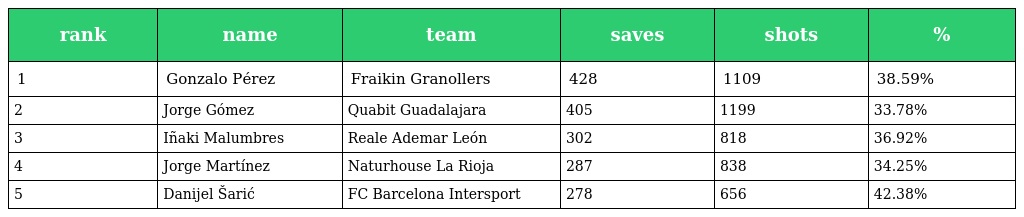
| rank | name | team | saves | shots | % |
 | --- | --- | --- | --- | --- | --- |
 | 1 | Gonzalo Pérez | Fraikin Granollers | 428 | 1109 | 38.59% |
 | 2 | Jorge Gómez | Quabit Guadalajara | 405 | 1199 | 33.78% |
 | 3 | Iñaki Malumbres | Reale Ademar León | 302 | 818 | 36.92% |
 | 4 | Jorge Martínez | Naturhouse La Rioja | 287 | 838 | 34.25% |
 | 5 | Danijel Šarić | FC Barcelona Intersport | 278 | 656 | 42.38% |